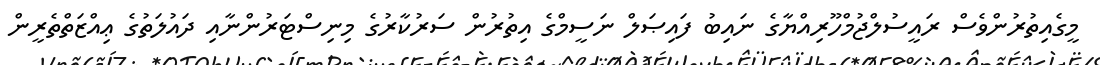
މީގެއިތުރުންވެސް ރައީސުލްޖުމްހޫރިއްޔާގެ ނައިބު ފައިޞަލް ނަސީމްގެ އިތުރުން ސަރުކާރުގެ މިނިސްޓަރުންނާއި ދައުލަތުގެ ޢިއްޒަތްތެރީން